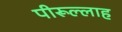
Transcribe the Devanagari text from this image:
पीरूल्लाह